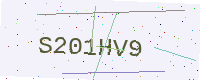
Text: S201HV9